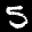
Label: 5